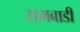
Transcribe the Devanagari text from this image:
समबाडी